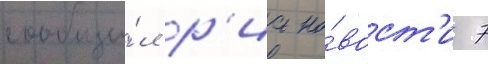
сообщи́л р'иа но́вост'и 7